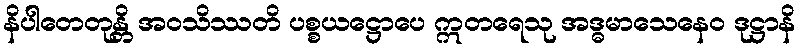
နိပါတေတုန္တိ အဝသိဿတိ ပစ္စယဋ္ဌောပေ ဣတရေသု အဒ္ဓမာသေနေဝ ဒုဋ္ဌာနိ